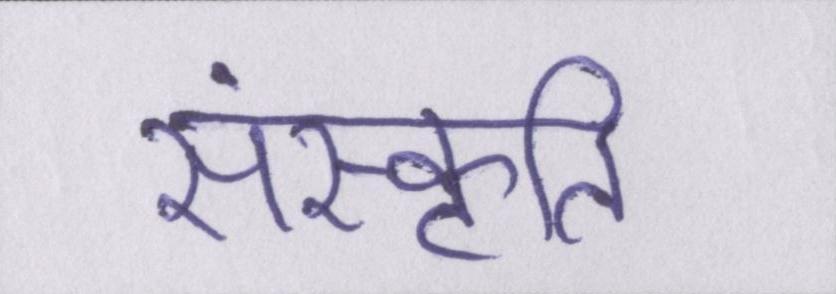
संस्कॄति